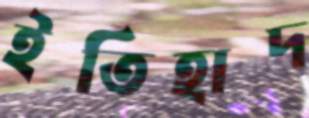
ইতিহাদ